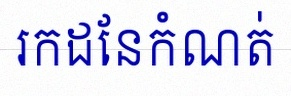
រកដែនកំណត់